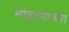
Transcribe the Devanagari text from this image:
मोडल्याच्या